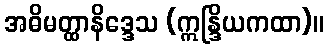
အဓိမတ္ထာနိဒ္ဒေသ (ဣန္ဒြိယကထာ)။